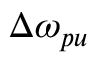
\Delta \omega _ { p u }